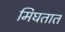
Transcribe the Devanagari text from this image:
मिघतात